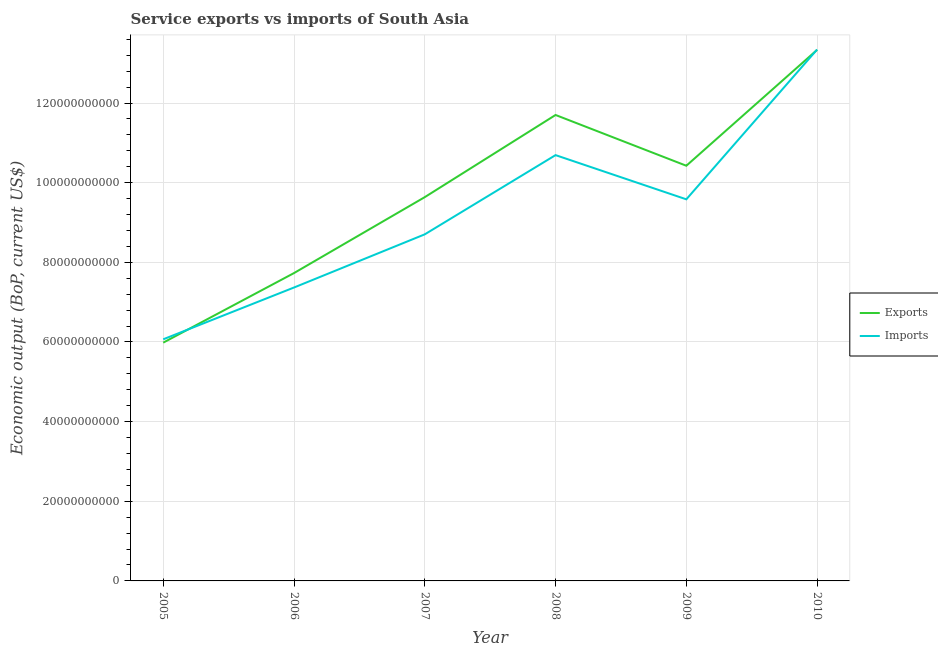
| Year | Exports | Imports |
 | --- | --- | --- |
 | 2005 | 5.98e+10 | 6.07e+10 |
 | 2006 | 7.73e+10 | 7.37e+10 |
 | 2007 | 9.64e+10 | 8.7e+10 |
 | 2008 | 1.17e+11 | 1.07e+11 |
 | 2009 | 1.04e+11 | 9.58e+10 |
 | 2010 | 1.33e+11 | 1.33e+11 |